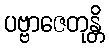
ပဗ္ဗာဇေတုန္တိ